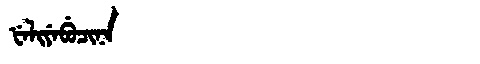
Manchu: ᡶᡝᠯᡳᠶᡝᠪᡠᠴᡳᠨᠠ
Romanization: FELIYEBUCINA